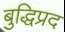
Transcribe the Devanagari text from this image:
बुद्धिप्रद